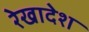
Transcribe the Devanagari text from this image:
रेखादेश